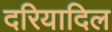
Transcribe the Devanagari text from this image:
दरियादिल